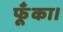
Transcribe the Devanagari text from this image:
फूँका।